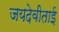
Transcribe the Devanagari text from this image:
जयदेवीताई